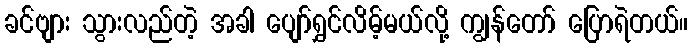
ခင်ဗျား သွားလည်တဲ့ အခါ ပျော်ရွှင်လိမ့်မယ်လို့ ကျွန်တော် ပြောရဲတယ်။